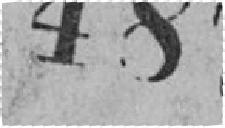
487